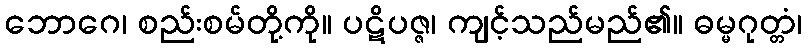
ဘောဂေ၊ စည်းစမ်တို့ကို။ ပဋိပဇ္ဇ၊ ကျင့်သည်မည်၏။ ဓမ္မဂုတ္တံ၊